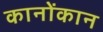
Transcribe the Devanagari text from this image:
कानोंकान